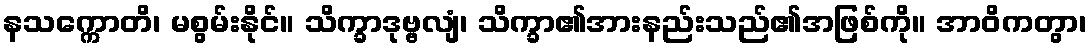
နသက္ကောတိ၊ မစွမ်းနိုင်။ သိက္ခာဒုဗ္ဗလျံ၊ သိက္ခာ၏အားနည်းသည်၏အဖြစ်ကို။ အာဝိကတွာ၊